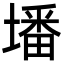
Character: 墦